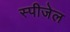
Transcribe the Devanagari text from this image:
स्पीजेल